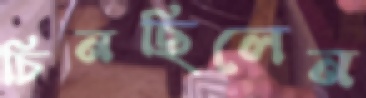
চিনছিলেন